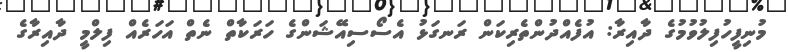
މުނިފީހުފިލުވުމުގެ ދާއިރާ: އުފެއްދުންތެރިކަން ރަނގަޅު އެސޯސިއޭޝަންގެ ހަރަކާތް ނެތް އަހަރެއް ފިލްމީ ދާއިރާގެ